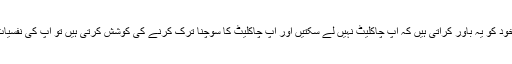
تحقیق میں کہا گیا کہ جب آپ خود کو یہ باور کراتی ہیں کہ آپ چاکلیٹ نہیں لے سکتیں اور آپ چاکلیٹ کا سوچنا ترک کرنے کی کوشش کرتی ہیں تو آپ کی نفسیات پر یہ چیز حاوی ہوجاتی ہے۔